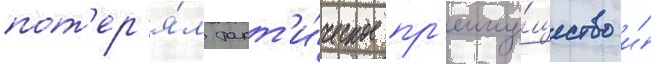
пот'ер'я́л такт'и́ческое пр'еиму́щество и́